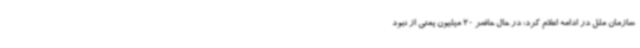
سازمان ملل در ادامه اعلام کرد: در حال حاضر 20 میلیون یمنی از نبود